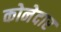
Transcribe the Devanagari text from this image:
कोनेदार